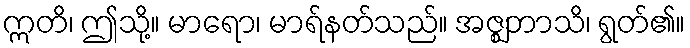
ဣတိ၊ ဤသို့။ မာရော၊ မာရ်နတ်သည်။ အဇ္ဈဘာသိ၊ ရွတ်၏။